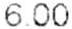
6.00